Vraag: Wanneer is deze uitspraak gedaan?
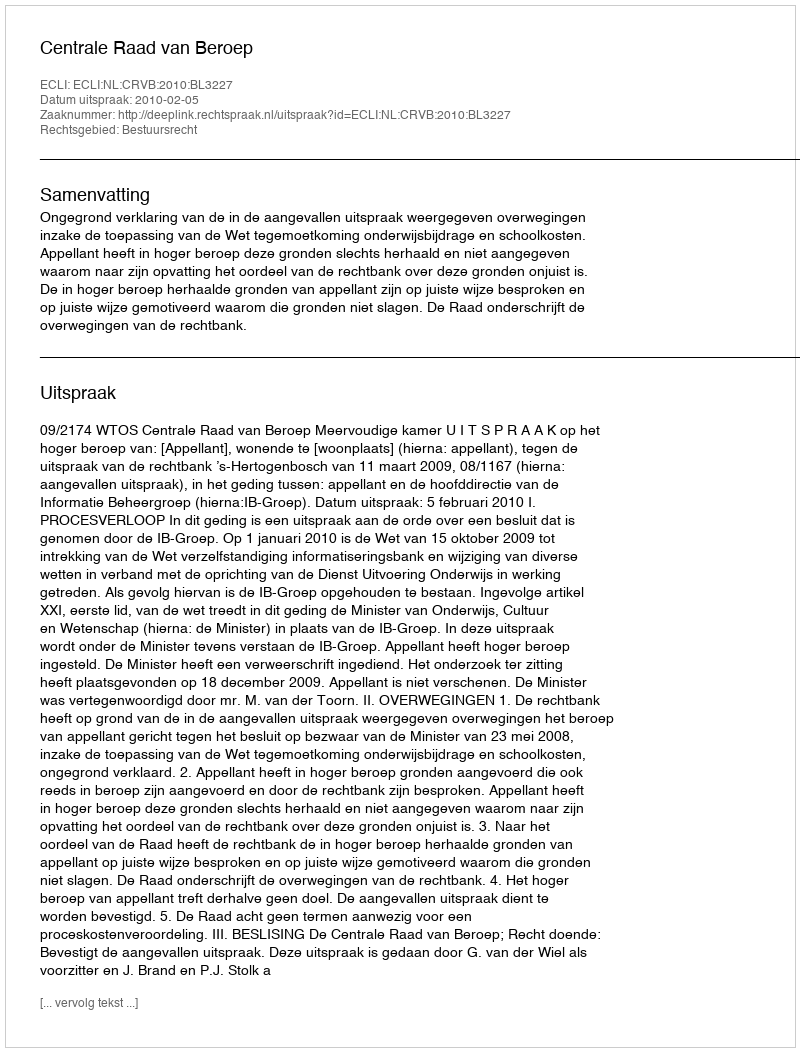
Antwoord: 2010-02-05